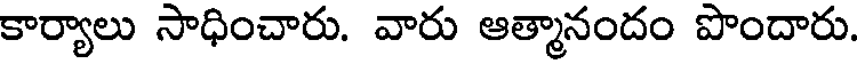
కార్యాలు సాధించారు. వారు ఆత్మానందం పొందారు.